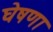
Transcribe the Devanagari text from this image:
घेषणा